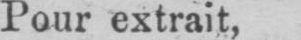
Pour extrait,